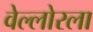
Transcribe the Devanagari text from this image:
वेल्लोरला